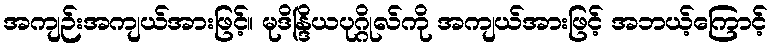
အကျဉ်းအကျယ်အားဖြင့်။ မုဒိန္ဒြိယပုဂ္ဂိုလ်ကို အကျယ်အားဖြင့် အဘယ့်ကြောင့်